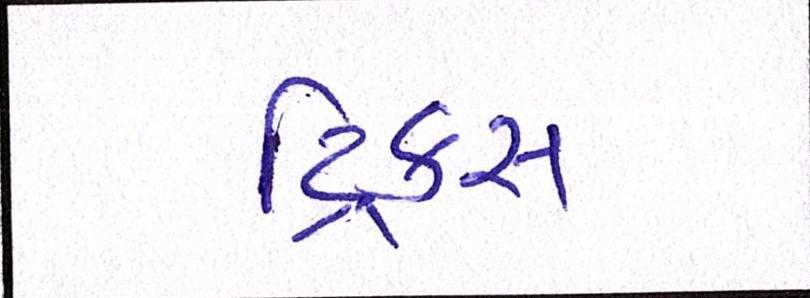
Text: ટ્રિક્સ